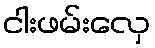
ငါးဖမ်းလှေ